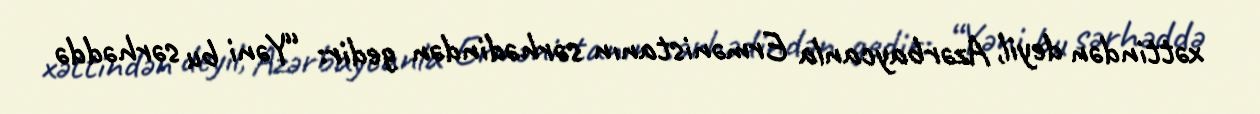
xəttindən deyil, Azərbaycanla Ermənistanın sərhədindən gedir: “Yəni bu sərhəddə